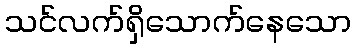
သင်လက်ရှိသောက်နေသော